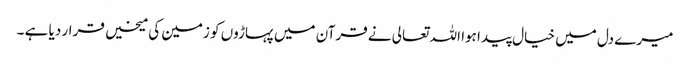
میرے دل میں خیال پیدا ہوا اللہ تعالی نے قرآن میں پہاڑوں کو زمین کی میخیں قرار دیا ہے ۔